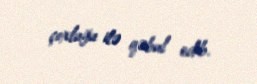
çoxluğu ilə qəbul edib.